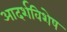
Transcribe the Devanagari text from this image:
आदर्शविशेष